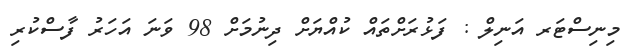
މިނިސްޓަރ އަނިލް : ފަޅުރަށްތައް ކުއްޔަށް ދިނުމަށް 98 ވަނަ އަހަރު ފާސްކުރި